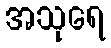
အသုရေ